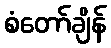
စံတော်ချိန်